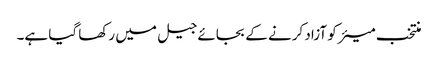
منتخب میئر کو آزاد کرنے کے بجائے جیل میں رکھا گیا ہے۔